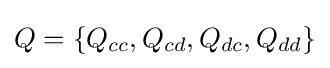
Q=\{Q_{cc},Q_{cd},Q_{dc},Q_{dd}\}